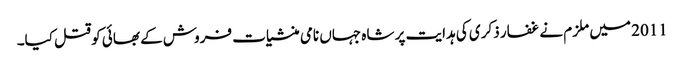
2011 میں ملزم نے غفار ذکری کی ہدایت پر شاہ جہاں نامی منشیات فروش کے بھائی کو قتل کیا۔